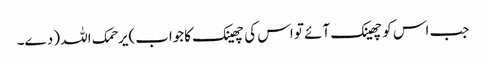
جب اس کوچھینک آئے تو اس کی چھینک کاجواب)یرحمک اللہ ( دے۔